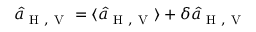
\hat { a } _ { \mathrm { ~ H ~ , ~ V ~ } } = \langle \hat { a } _ { \mathrm { ~ H ~ , ~ V ~ } } \rangle + \delta \hat { a } _ { \mathrm { ~ H ~ , ~ V ~ } }